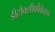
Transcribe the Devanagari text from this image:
डीटौक्सीफीकेशन